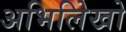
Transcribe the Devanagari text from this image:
अभिलिेखो